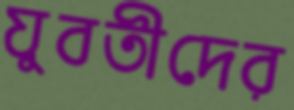
যুবতীদের